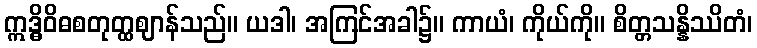
ဣဒ္ဓိဝိဓစတုတ္ထဈာန်သည်။ ယဒါ၊ အကြင်အခါ၌။ ကာယံ၊ ကိုယ်ကို။ စိတ္တသန္နိဿိတံ၊